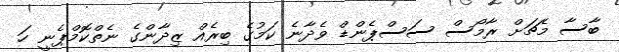
ބާސާ މެޗަށް ރާމޯސް ސަސްޕެންޑް ވެދާނެ ކަމުގެ ބިރެއް ޒިދާންގެ ނެތްކޮމްޕެނީ ހަ